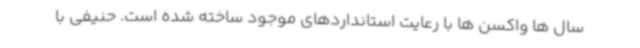
سال ها واکسن ها با رعایت استانداردهای موجود ساخته شده است. حنیفی با